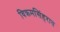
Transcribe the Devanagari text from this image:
विक्रमसिंहराव